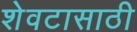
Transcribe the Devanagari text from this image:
शेवटासाठी